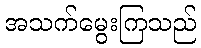
အသက်မွေးကြသည်